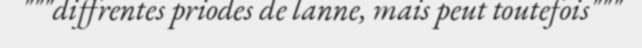
"""diffrentes priodes de lanne, mais peut toutefois"""